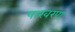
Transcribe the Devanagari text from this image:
पाखरण